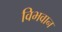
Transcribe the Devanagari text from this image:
विभवान